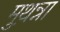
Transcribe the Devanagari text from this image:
मुथ़न्ना